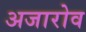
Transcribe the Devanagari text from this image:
अजारोव